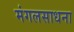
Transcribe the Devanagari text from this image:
मंगलसाधना